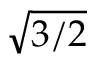
\sqrt { 3 / 2 }